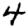
Digit: 4